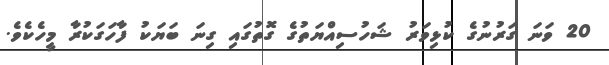
20 ވަނަ ގަރުނުގެ ކުޅިވަރު ޝަހުސިއްޔަތުގެ ގޮތުގައި ގިނަ ބަޔަކު ފާހަގަކުރާ މީހެކެވެ.